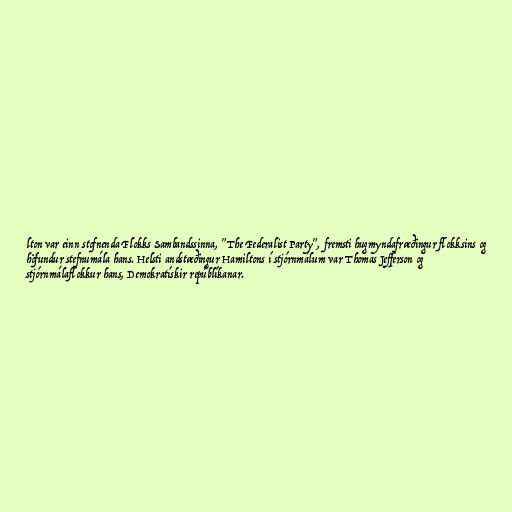
lton var einn stofnenda Flokks Sambandssinna, "The Federalist Party", fremsti hugmyndafræðingur flokksins og
höfundur stefnumála hans. Helsti andstæðingur Hamiltons í stjórnmálum var Thomas Jefferson og
stjórnmálaflokkur hans, Demokratískir repúblíkanar.